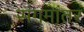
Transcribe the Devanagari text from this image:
संगमांतर